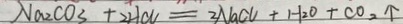
N a _ { 2 } C O _ { 3 } + 2 H C N = 2 N a C U + H _ { 2 } O + C O _ { 2 } \uparrow